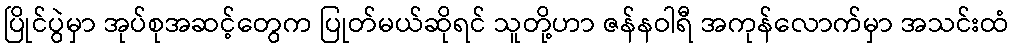
ပြိုင်ပွဲမှာ အုပ်စုအဆင့်တွေက ပြုတ်မယ်ဆိုရင် သူတို့ဟာ ဇန်နဝါရီ အကုန်လောက်မှာ အသင်းထံ